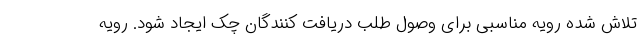
تلاش شده رویه مناسبی برای وصول طلب دریافت کنندگان چک ایجاد شود. رویه